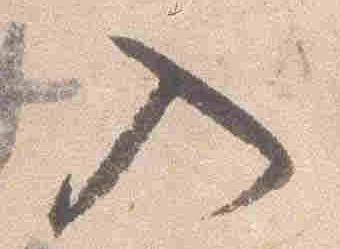
入